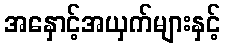
အနှောင့်အယှက်များနှင့်